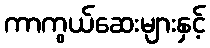
ကာကွယ်ဆေးများနှင့်